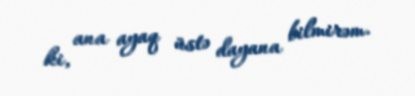
ki, ana ayaq üstə dayana bilmirəm.